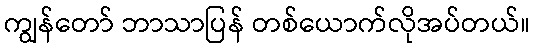
ကျွန်တော် ဘာသာပြန် တစ်ယောက်လိုအပ်တယ်။